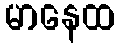
မာနေထ